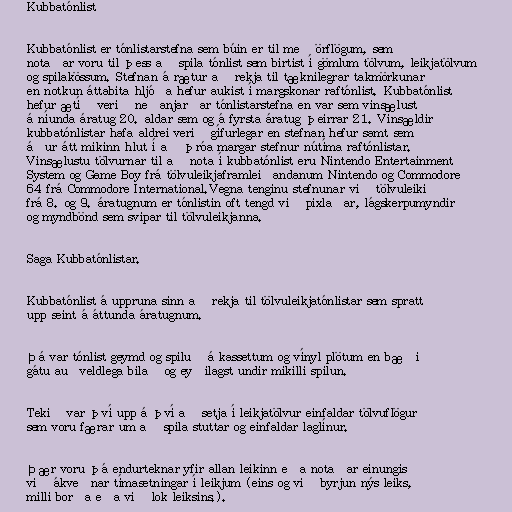
Kubbatónlist

Kubbatónlist er tónlistarstefna sem búin er til með örflögum, sem
notaðar voru til þess að spila tónlist sem birtist í gömlum tölvum, leikjatölvum
og spilakössum. Stefnan á rætur að rekja til tæknilegrar takmörkunar
en notkun áttabita hljóða hefur aukist í margskonar raftónlist. Kubbatónlist
hefur ætíð verið neðanjarðar tónlistarstefna en var sem vinsælust
á níunda áratug 20. aldar sem og á fyrsta áratug þeirrar 21. Vinsældir
kubbatónlistar hafa aldrei verið gífurlegar en stefnan hefur samt sem
áður átt mikinn hlut í að þróa margar stefnur nútíma raftónlistar.
Vinsælustu tölvurnar til að nota í kubbatónlist eru Nintendo Entertainment
System og Game Boy frá tölvuleikjaframleiðandanum Nintendo og Commodore
64 frá Commodore International.Vegna tenginu stefnunar við tölvuleiki
frá 8. og 9. áratugnum er tónlistin oft tengd við pixlaðar, lágskerpumyndir
og myndbönd sem svipar til tölvuleikjanna.

Saga Kubbatónlistar.

Kubbatónlist á uppruna sinn að rekja til tölvuleikjatónlistar sem spratt
upp seint á áttunda áratugnum.

Þá var tónlist geymd og spiluð á kassettum og vínyl plötum en bæði
gátu auðveldlega bilað og eyðilagst undir mikilli spilun.

Tekið var því upp á því að setja í leikjatölvur einfaldar tölvuflögur
sem voru færar um að spila stuttar og einfaldar laglínur.

Þær voru þá endurteknar yfir allan leikinn eða notaðar einungis
við ákveðnar tímasetningar í leikjum (eins og við byrjun nýs leiks,
milli borða eða við lok leiksins.).